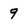
Character: 9